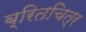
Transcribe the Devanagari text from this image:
ब्रितचित्र